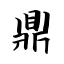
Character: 鼎